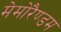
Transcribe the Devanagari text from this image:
मेमोरैण्डम